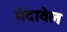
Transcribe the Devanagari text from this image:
मंदावेल